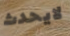
لايحدث